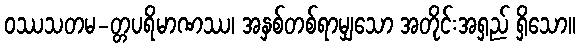
ဝဿသတမ-တ္တပရိမာဏဿ၊ အနှစ်တစ်ရာမျှသော အတိုင်းအရှည် ရှိသော။